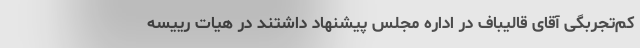
کم‌تجربگی آقای قالیباف در اداره مجلس پیشنهاد داشتند در هیات رییسه